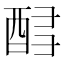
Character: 𲆬